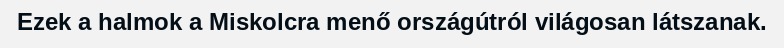
Ezek a halmok a Miskolcra menő országútról világosan látszanak.